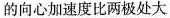
的向心加速度比两极处大